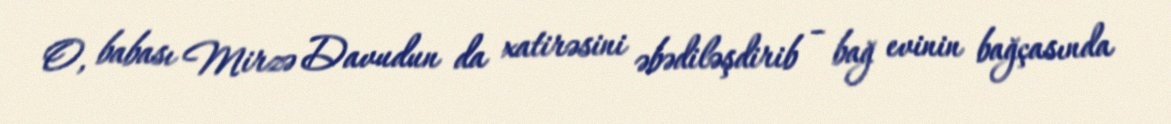
O, babası Mirzə Davudun da xatirəsini əbədiləşdirib – bağ evinin bağçasında